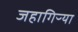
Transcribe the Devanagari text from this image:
जहागिऱ्या